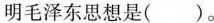
明毛泽东思想是( )。